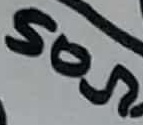
Text: 50Ω